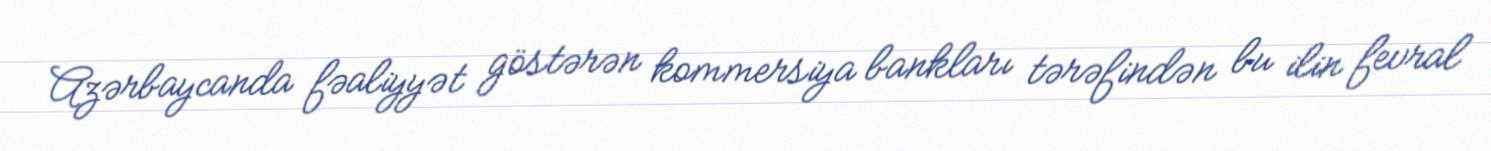
Azərbaycanda fəaliyyət göstərən kommersiya bankları tərəfindən bu ilin fevral